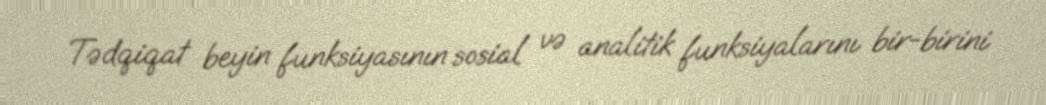
Tədqiqat beyin funksiyasının sosial və analitik funksiyalarını bir-birini